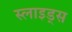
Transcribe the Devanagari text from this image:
स्‍लाइड्स